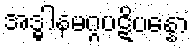
အဒ္ဓါနမဂ္ဂပဋိပန္နော